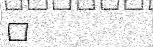
٦